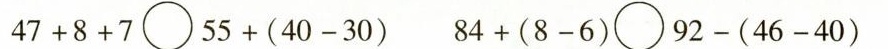
$$4 7 + 8 + 7 \bigcirc 5 5 + ( 4 0 - 3 0 )$$ $$8 4 + ( 8 -6 ) \bigcirc 9 2 - ( 4 6 - 4 0 )$$